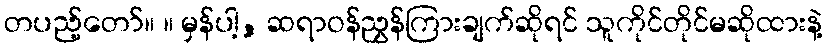
တပည့်တော်။ ။ မှန်ပါ့, ဆရာဝန်ညွှန်ကြားချက်ဆိုရင် သူကိုင်တိုင်မဆိုထားနဲ့